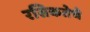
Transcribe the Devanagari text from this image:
रसिकतेचे